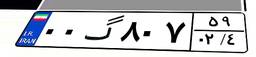
۳۶گ۴۵۸۳۹